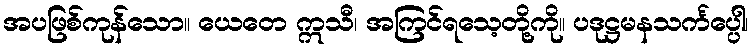
အပဖြစ်ကုန်သော။ ယေတေ ဣသီ၊ အကြင်ရသေ့တို့ကို။ ပဒုဋ္ဌမနသင်္ကပ္ပေါ၊